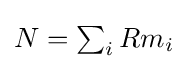
\textstyle {N=\sum _{i}Rm_{i}}